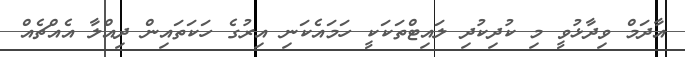
އާދަމް ވިދާޅުވީ މި ކުދިކުދި ލައިޓްތަކަކީ ހަމައެކަނި އިރުގެ ހަކަތައިން ދިއްލާ އެއްޗެއް